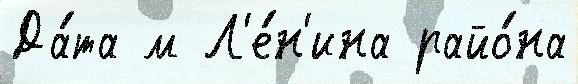
Да́та м Л'е́н'ина райо́на